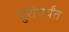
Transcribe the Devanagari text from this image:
युरोपर्यंत